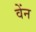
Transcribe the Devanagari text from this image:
वेंन